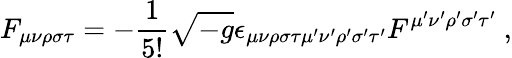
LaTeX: F_{\mu\nu\rho\sigma\tau}=-\frac{1}{5!}\sqrt{-g}\epsilon_{\mu\nu\rho\sigma\tau\mu^{\prime}\nu^{\prime}\rho^{\prime}\sigma^{\prime}\tau^{\prime}}F^{\mu^{\prime}\nu^{\prime}\rho^{\prime}\sigma^{\prime}\tau^{\prime}}~,